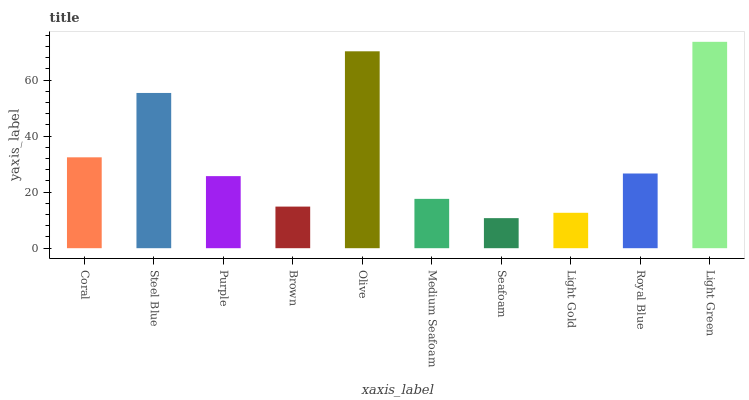
| xaxis_label | bars |
 | --- | --- |
 | Coral | 32.4 |
 | Steel Blue | 55.4 |
 | Purple | 25.7 |
 | Brown | 14.9 |
 | Olive | 70.3 |
 | Medium Seafoam | 17.6 |
 | Seafoam | 10.7 |
 | Light Gold | 12.6 |
 | Royal Blue | 26.7 |
 | Light Green | 73.7 |